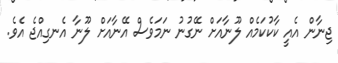
ޖިނާން އެއީ ކާކުކަމެއް ލޫނާއަށް ނޭގުނު ނަމަވެސް އޭނާއަށް ލޫނާ އެނގިއްޖެ އެވެ.